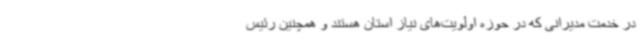
در خدمت مدیرانی که در حوزه اولویت‌های نیاز استان هستند و همچنین رئیس